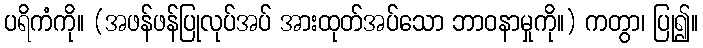
ပရိကံကို။ (အဖန်ဖန်ပြုလုပ်အပ် အားထုတ်အပ်သော ဘာဝနာမှုကို။) ကတွာ၊ ပြု၍။